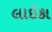
લાઈકા